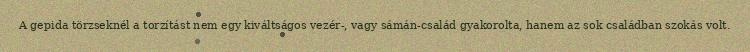
A gepida törzseknél a torzítást nem egy kiváltságos vezér-, vagy sámán-család gyakorolta, hanem az sok családban szokás volt.